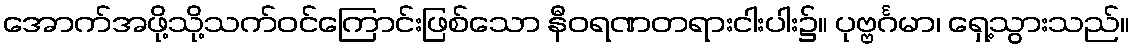
အောက်အဖို့သို့သက်ဝင်ကြောင်းဖြစ်သော နီဝရဏတရားငါးပါး၌။ ပုဗ္ဗင်္ဂမာ၊ ရှေ့သွားသည်။